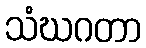
သံဃဂတာ